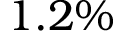
1 . 2 \%